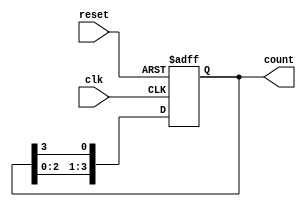
module ring_counter (
    input wire clk,           // Clock input
    input wire reset,         // Reset input
    output reg [3:0] count    // 4-bit output for the counter
);

    // Initial state
    initial begin
        count = 4'b1000;      // Initialize to 1000
    end

    always @(posedge clk or posedge reset) begin
        if (reset) begin
            count <= 4'b1000;  // Reset to initial state
        end else begin
            // Shift the bits circularly
            count <= {count[2:0], count[3]}; // Shift left and feed last bit to first
        end
    end

endmodule